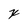
Character: x